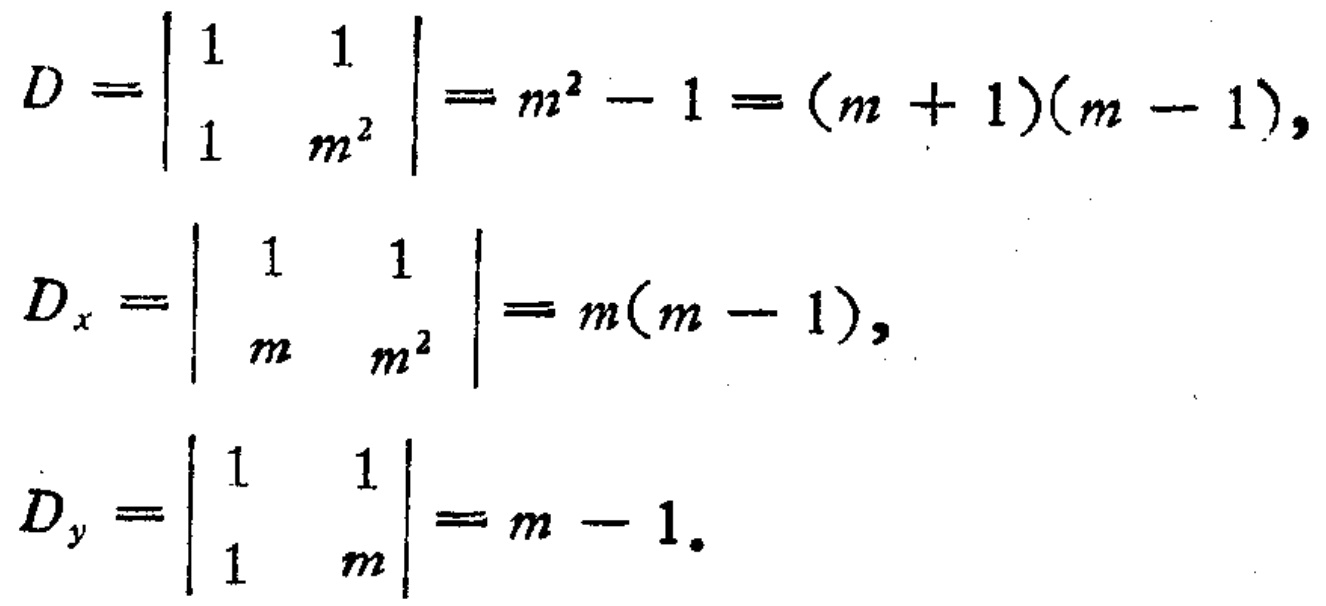
\[
\begin{align*}
D&=\begin{vmatrix}
1&1\\
1&m^{2}
\end{vmatrix}=m^{2}-1=(m + 1)(m - 1),\\
D_{x}&=\begin{vmatrix}
1&1\\
m&m^{2}
\end{vmatrix}=m(m - 1),\\
D_{y}&=\begin{vmatrix}
1&1\\
1&m
\end{vmatrix}=m - 1.
\end{align*}
\]